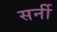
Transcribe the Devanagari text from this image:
सर्नी